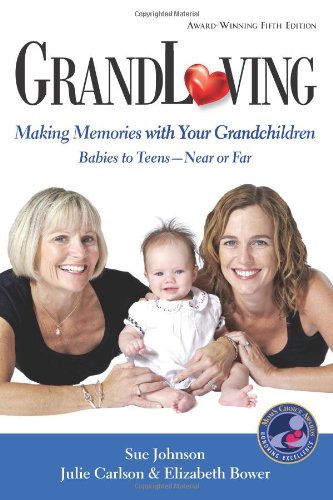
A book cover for GrandLoving: Making Memories with Your Grandchildren; Sue Johnson; Parenting & Relationships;